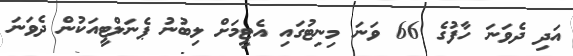
އަދި ދެވަނަ ހާފުގެ 66 ވަނަ މިނިޓުގައި އެޓީމަށް ލިބުނު ޕެނަލްޓީއަކުން ދެވަނަ